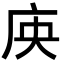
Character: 𭙘